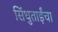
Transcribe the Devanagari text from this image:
सिंधुताईंचा